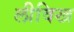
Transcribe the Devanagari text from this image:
लीविख